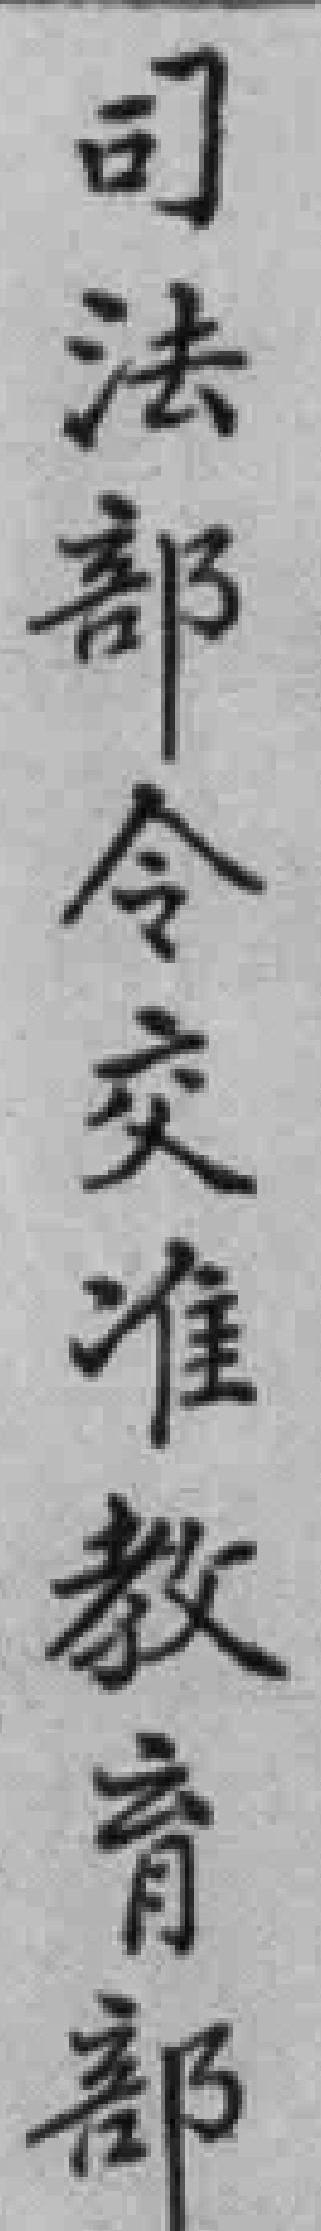
司法部令交准教育部